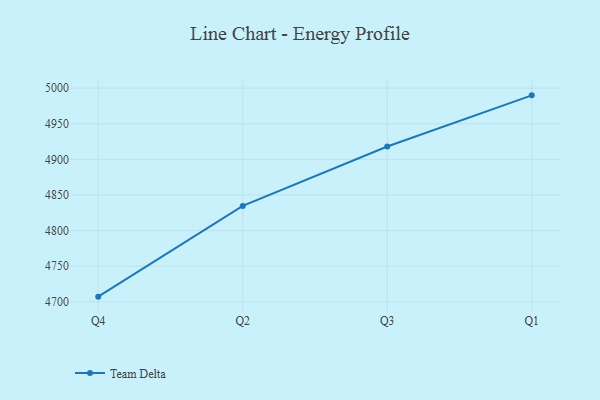
{"axis": {"x": "Quarter", "y": "Net Income (USD K)"}, "legend": ["Team Delta"], "data": [{"x": "Q4", "y": 4707.2, "type": "Team Delta"}, {"x": "Q2", "y": 4834.6, "type": "Team Delta"}, {"x": "Q3", "y": 4918.1, "type": "Team Delta"}, {"x": "Q1", "y": 4989.9, "type": "Team Delta"}]}